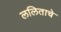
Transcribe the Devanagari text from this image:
ललिताचे